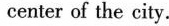
center of the city.